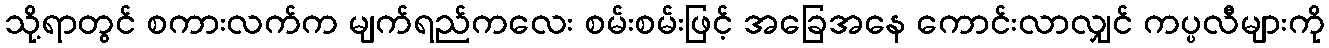
သို့ရာတွင် စကားလက်က မျက်ရည်ကလေး စမ်းစမ်းဖြင့် အခြေအနေ ကောင်းလာလျှင် ကပ္ပလီများကို